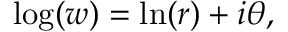
\log ( w ) = \ln ( r ) + i \theta ,